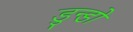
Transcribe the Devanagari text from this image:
डुन्डो